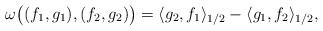
LaTeX: \begin{align*}\omega\big((f_1,g_1),(f_2,g_2)\big)=\langle g_2,f_1\rangle_{1/2}-\langle g_1,f_2\rangle_{1/2},\end{align*}